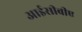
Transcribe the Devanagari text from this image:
आईसीबीए